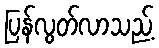
ပြန်လွတ်လာသည့်